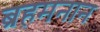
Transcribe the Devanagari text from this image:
ब्रहमनान